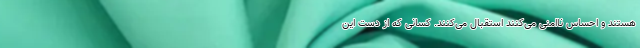
هستند و احساس ناامنی می‌کنند استقبال می‌کنند. کسانی که از دست این